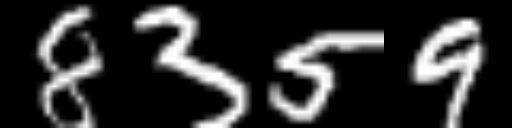
Text: 8359